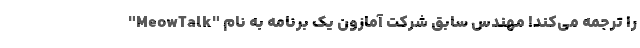
را ترجمه می‌کند! مهندس سابق شرکت آمازون یک برنامه به نام "MeowTalk"